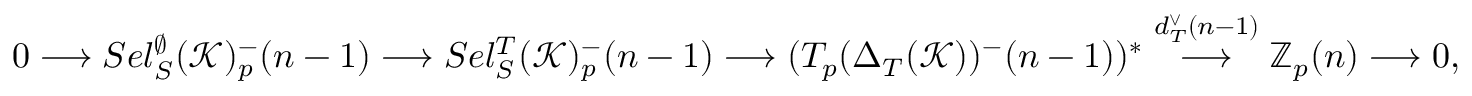
0 \longrightarrow S e l _ { S } ^ { \emptyset } ( \mathcal K ) _ { p } ^ { - } ( n - 1 ) \longrightarrow S e l _ { S } ^ { T } ( \mathcal K ) _ { p } ^ { - } ( n - 1 ) \longrightarrow ( T _ { p } ( \Delta _ { T } ( \mathcal K ) ) ^ { - } ( n - 1 ) ) ^ { \ast } \overset { d _ { T } ^ { \vee } ( n - 1 ) } \longrightarrow \mathbb Z _ { p } ( n ) \longrightarrow 0 ,